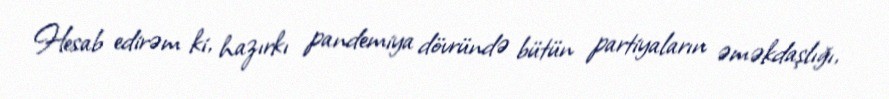
Hesab edirəm ki, hazırkı pandemiya dövründə bütün partiyaların əməkdaşlığı,